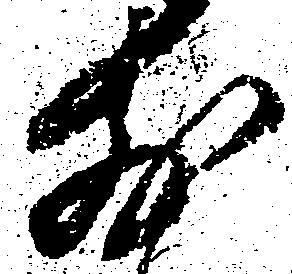
前